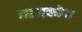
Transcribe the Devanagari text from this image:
तलाकोना